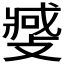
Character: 𫿎